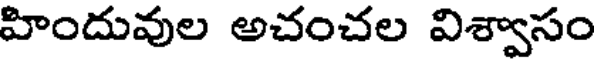
హిందువుల అచంచల విశ్వాసం